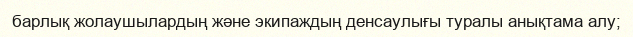
барлық жолаушылардың және экипаждың денсаулығы туралы анықтама алу;